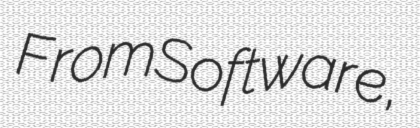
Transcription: FromSoftware,